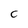
Character: C